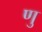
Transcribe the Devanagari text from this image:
णु